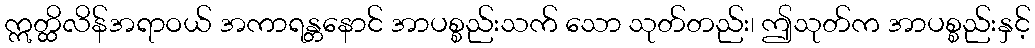
ဣတ္ထိလိန်အရာဝယ် အကာရန္တနောင် အာပစ္စည်းသက် သော သုတ်တည်း၊ ဤသုတ်က အာပစ္စည်းနှင့်